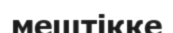
мештікке